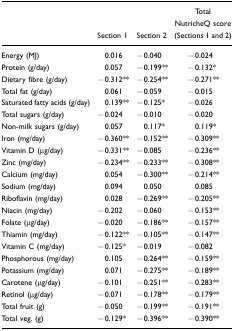
|  | Section 1 | Section 2 | Total NutricheQ score (Sections 1 and 2) |
 | --- | --- | --- | --- |
 | Energy (MJ) | 0.016 | −0.040 | −0.024 |
 | Protein (g/day) | 0.057 | −0.199** | −0.132* |
 | Dietary fibre (g/day) | −0.312** | −0.254** | −0.271** |
 | Total fat (g/day) | 0.061 | −0.059 | −0.015 |
 | Saturated fatty acids (g/day) | 0.139** | −0.125* | −0.026 |
 | Total sugars (g/day) | −0.024 | −0.010 | −0.020 |
 | Non-milk sugars (g/day) | 0.057 | 0.117* | 0.119* |
 | Iron (mg/day) | −0.360** | −0.152** | −0.309** |
 | Vitamin D (μg/day) | −0.331** | −0.085 | −0.236** |
 | Zinc (mg/day) | −0.234** | −0.233** | −0.308** |
 | Calcium (mg/day) | 0.054 | −0.300** | −0.214** |
 | Sodium (mg/day) | 0.094 | 0.050 | 0.085 |
 | Riboflavin (mg/day) | 0.028 | −0.269** | −0.205** |
 | Niacin (mg/day) | −0.202 | −0.060 | −0.153** |
 | Folate (μg/day) | −0.020 | −0.186** | −0.157** |
 | Thiamin (mg/day) | −0.122** | −0.105** | −0.147** |
 | Vitamin C (mg/day) | −0.125* | −0.019 | −0.082 |
 | Phosphorous (mg/day) | 0.105 | −0.264** | −0.159** |
 | Potassium (mg/day) | 0.071 | −0.275** | −0.189** |
 | Carotene (μg/day) | −0.101 | −0.251** | −0.283** |
 | Retinol (μg/day) | −0.071 | −0.178** | −0.179** |
 | Total fruit (g) | −0.050 | −0.199** | −0.191** |
 | Total veg. (g) | −0.129* | −0.396** | −0.390** |